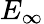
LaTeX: E_{\infty}